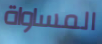
المساواة